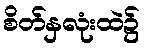
စိတ်နှလုံးထဲ၌